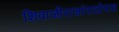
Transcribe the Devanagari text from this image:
शिवाजीराजांपाठोपाठ